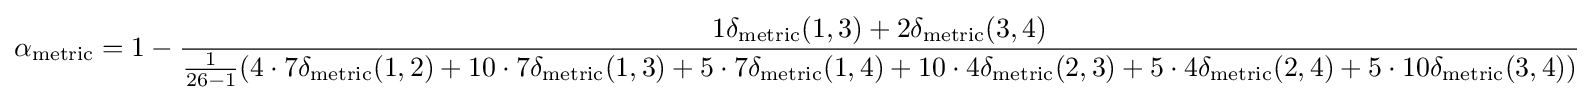
\alpha _{\text{metric}}=1-{\frac {1\delta _{\text{metric}}(1,3)+2\delta _{\text{metric}}(3,4)}{{\frac {1}{26-1}}(4\cdot 7\delta _{\text{metric}}(1,2)+10\cdot 7\delta _{\text{metric}}(1,3)+5\cdot 7\delta _{\text{metric}}(1,4)+10\cdot 4\delta _{\text{metric}}(2,3)+5\cdot 4\delta _{\text{metric}}(2,4)+5\cdot 10\delta _{\text{metric}}(3,4))}}